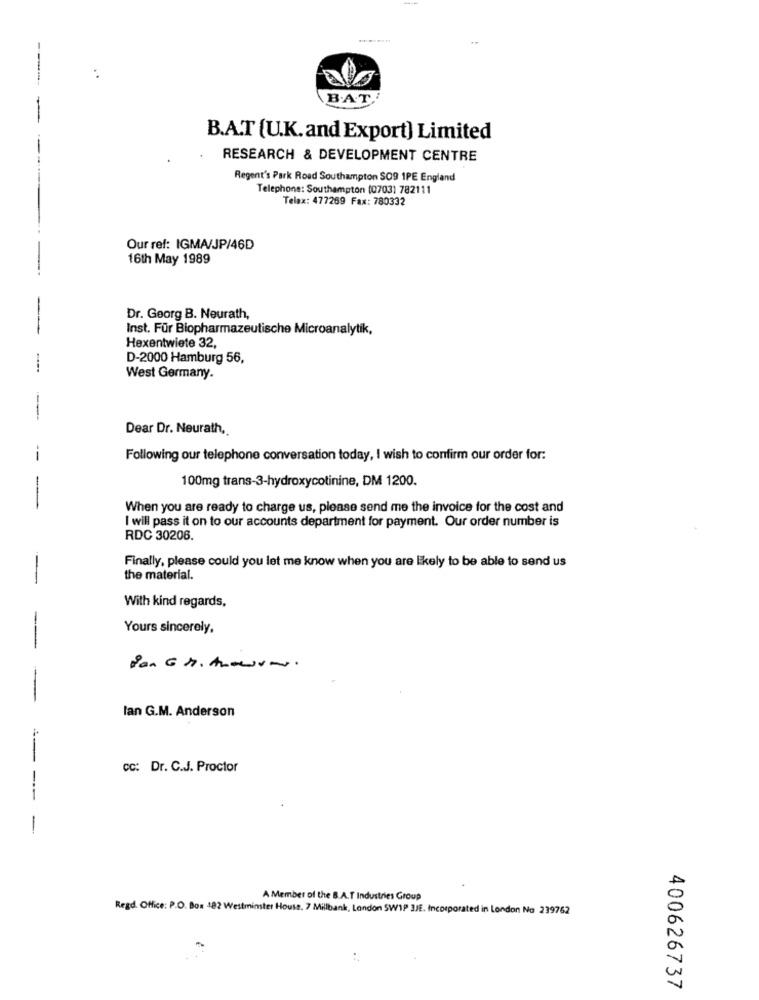
--
B.AT'
B.A.T (U.K.and Export) Limited
RESEARCH & DEVELOPMENT CENTRE
Regent's Park Road Southampton SO9 1PE England
Telephone: Southampton (0703) 782111
Telax: 477269 Fax: 780332
Our ref: IGMA/JP/46D
16th May 1989
Dr. Georg B. Neurath,
Inst. Für Biopharmazeutische Microanalytik,
Hexentwiete 32,
D-2000 Hamburg 56,
West Germany.
Dear Dr. Neurath,
--
Following our telephone conversation today, I wish to confirm our order for:
100mg trans-3-hydroxycotinine, DM 1200.
When you are ready to charge us, please send me the invoice for the cost and
I will pass it on to our accounts department for payment. Our order number is
RDC 30206.
Finally, please could you let me know when you are likely to be able to send us
the material.
With kind regards,
Yours sincerely,
-
-
-
lan G.M. Anderson
--
CC: Dr. C.J. Proctor
---
-
A Member of the B.A.T Industries Group
Regd. Office: P.O. Box 182 Westminster House, 7 Millbank, London SW1P 3JE. Incorporated in London No 239762
400626737